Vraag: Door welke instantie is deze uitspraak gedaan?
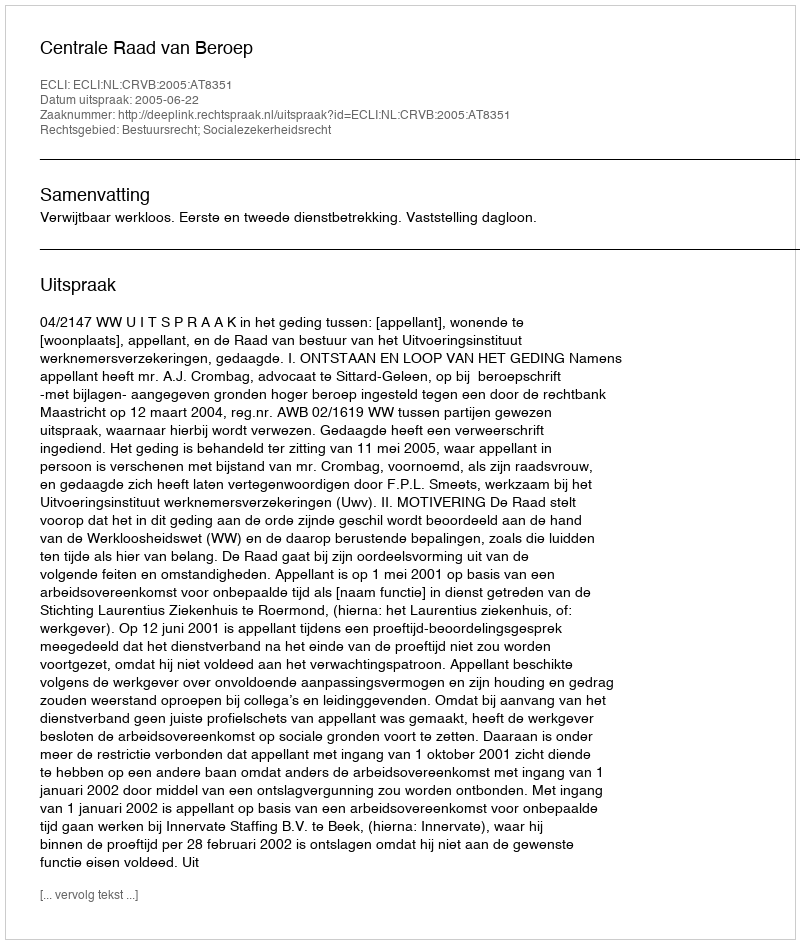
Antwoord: Centrale Raad van Beroep